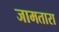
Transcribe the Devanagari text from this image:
जामतारा